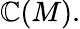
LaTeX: \mathbb{C}(M).